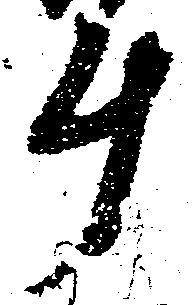
斗